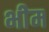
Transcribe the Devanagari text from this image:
भीेम